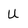
Character: U